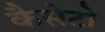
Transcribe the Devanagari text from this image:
कैसेटो